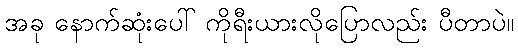
အခု နောက်ဆုံးပေါ် ကိုရီးယားလိုပြောလည်း ပီတာပဲ။